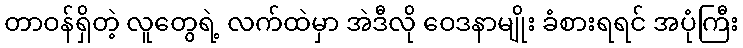
တာဝန်ရှိတဲ့ လူတွေရဲ့ လက်ထဲမှာ အဲဒီလို ဝေဒနာမျိုး ခံစားရရင် အပုံကြီး